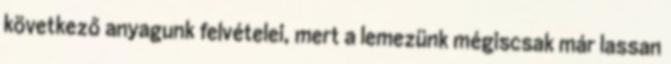
következő anyagunk felvételei, mert a lemezünk mégiscsak már lassan